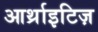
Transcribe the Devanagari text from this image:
आर्थ्राइटिज़